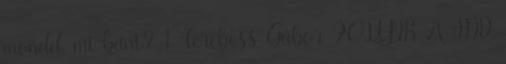
mondd, mi bánt? 1 Terebess Gábor FOLYIK A HÍD